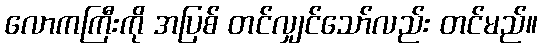
လောကကြီးကို အပြစ် တင်လျှင်သော်လည်း တင်မည်။